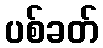
ပစ်ခတ်